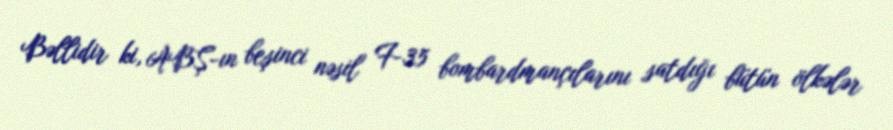
Bəllidir ki, ABŞ-ın beşinci nəsil F-35 bombardmançılarını satdığı bütün ölkələr